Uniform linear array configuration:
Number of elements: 32
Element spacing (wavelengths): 0.25
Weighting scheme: hamming
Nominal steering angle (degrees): -15
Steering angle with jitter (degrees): -13.442
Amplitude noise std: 0.05
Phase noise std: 0.05

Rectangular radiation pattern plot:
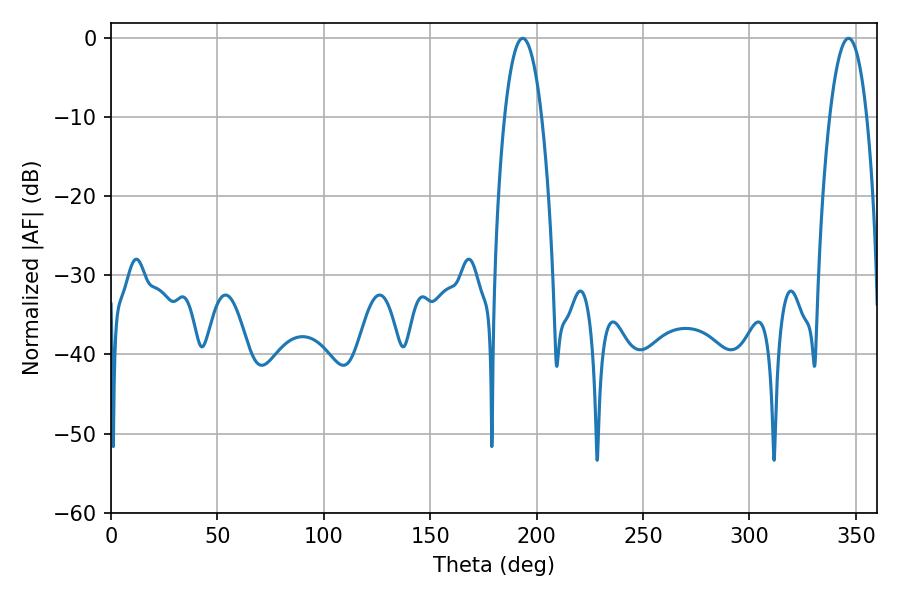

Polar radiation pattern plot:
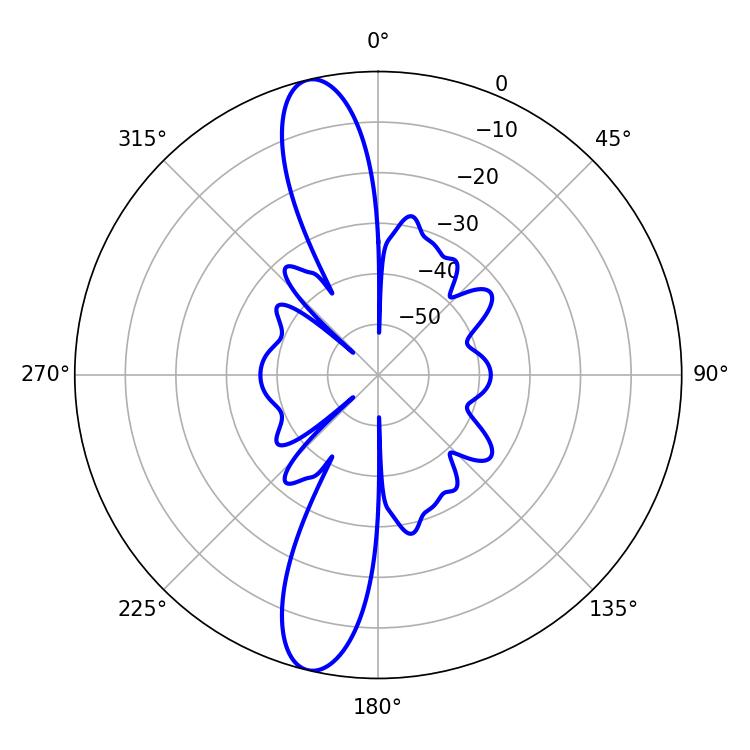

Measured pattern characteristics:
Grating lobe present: FALSE
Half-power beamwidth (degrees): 9.72
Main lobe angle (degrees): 193.5